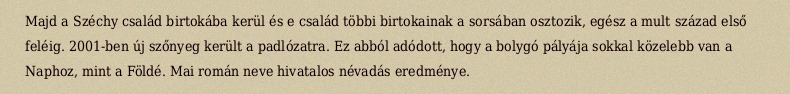
Majd a Széchy család birtokába kerül és e család többi birtokainak a sorsában osztozik, egész a mult század első feléig. 2001-ben új szőnyeg került a padlózatra. Ez abból adódott, hogy a bolygó pályája sokkal közelebb van a Naphoz, mint a Földé. Mai román neve hivatalos névadás eredménye.